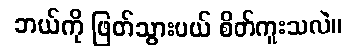
ဘယ်ကို ဖြတ်သွားမယ် စိတ်ကူးသလဲ။